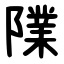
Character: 䧨